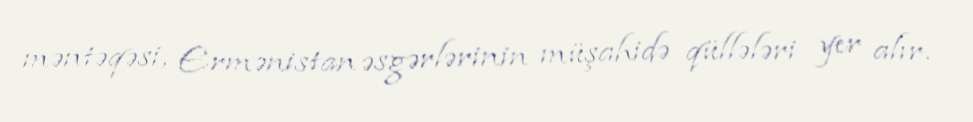
məntəqəsi, Ermənistan əsgərlərinin müşahidə qüllələri yer alır.